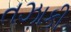
તઝાકી